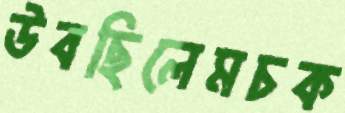
উবছিলেমচক